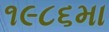
૧૯૮૬મા